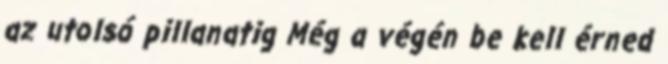
az utolsó pillanatig Még a végén be kell érned